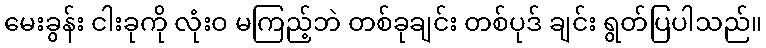
မေးခွန်း ငါးခုကို လုံးဝ မကြည့်ဘဲ တစ်ခုချင်း တစ်ပုဒ် ချင်း ရွတ်ပြပါသည်။